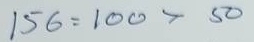
156 = 100 x 50